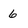
Character: 6